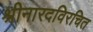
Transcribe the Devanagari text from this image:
श्रीनारदविरचित